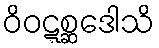
ဝိဝဋ္ဋစ္ဆဒေါသိ